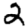
Digit: 2